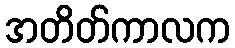
အတိတ်ကာလက